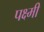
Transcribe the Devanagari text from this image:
पक्ष्मी